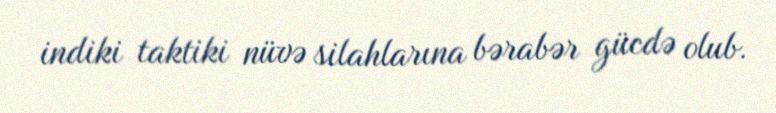
indiki taktiki nüvə silahlarına bərabər gücdə olub.